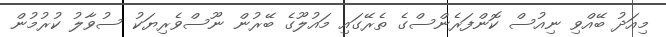
މިއަދު ބޭއްވި ނިއުސް ކޮންފަރެންސްގެ ތެރޭގައި މައުލޫގެ ބޭރުން ނޫސްވެރިޔަކު ސުވާލު ކުރުމުން